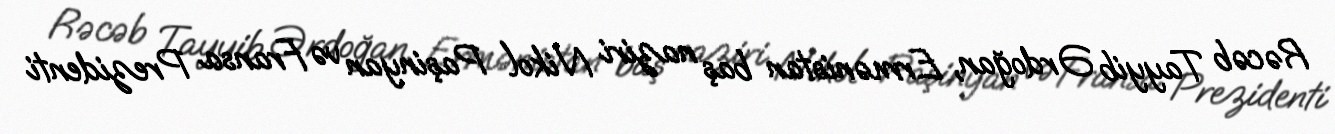
Rəcəb Tayyib Ərdoğan, Ermənistan baş naziri Nikol Paşinyan və Fransa Prezidenti